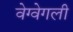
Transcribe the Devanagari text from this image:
वेग्वेगली